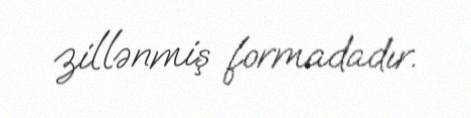
zillənmiş formadadır.